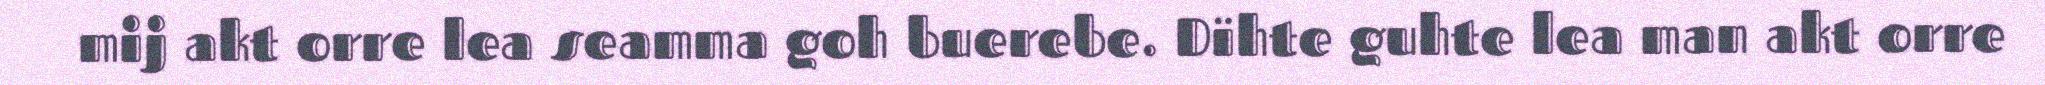
mij akt orre lea seamma goh buerebe. Dïhte guhte lea man akt orre